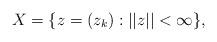
LaTeX: \begin{align*}X=\{z=(z_k): ||z|| <\infty\},\end{align*}